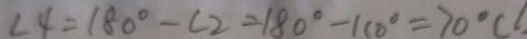
\angle 4 = 1 8 0 ^ { \circ } - \angle 2 = 1 8 0 ^ { \circ } - 1 0 0 ^ { \circ } = 7 0 ^ { \circ } (